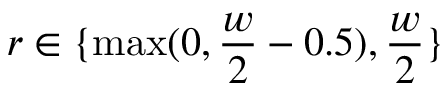
r \in \{ \mathrm { m a x } ( 0 , \frac { w } { 2 } - 0 . 5 ) , \frac { w } { 2 } \}